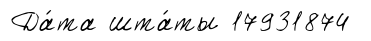
Да́та шта́ты 17931874